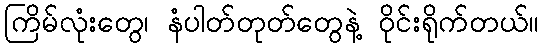
ကြိမ်လုံးတွေ၊ နံပါတ်တုတ်တွေနဲ့ ဝိုင်းရိုက်တယ်။